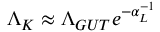
\Lambda _ { K } \approx \Lambda _ { G U T } e ^ { - \alpha _ { L } ^ { - 1 } }